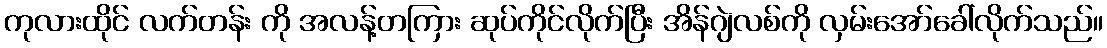
ကုလားထိုင် လက်တန်း ကို အလန့်တကြား ဆုပ်ကိုင်လိုက်ပြီး အိန်ဂျဲလစ်ကို လှမ်းအော်ခေါ်လိုက်သည်။